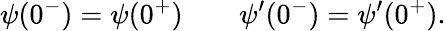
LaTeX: \psi(0^{-})=\psi(0^{+})\qquad\psi^{\prime}(0^{-})=\psi^{\prime}(0^{+}).